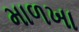
માળખા